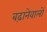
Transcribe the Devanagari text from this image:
बढ़ानेवालों